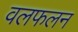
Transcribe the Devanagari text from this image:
वलफलन